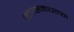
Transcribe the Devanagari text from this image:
क्लासमधल्या